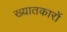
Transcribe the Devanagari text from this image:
ख्यातकारों